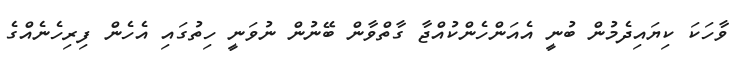
ވާހަކަ ކިޔައިދެމުން ބުނީ އެއަންހެންކުއްޖާ ގާތްވާން ބޭނުން ނުވަނީ ހިތުގައި އެހެން ފިރިހެނެއްގެ